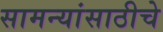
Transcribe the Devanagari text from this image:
सामन्यांसाठीचे